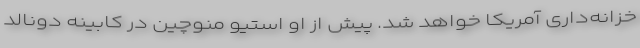
خزانه‌داری آمریکا خواهد شد. پیش از او استیو منوچین در کابینه دونالد